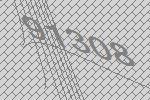
91308